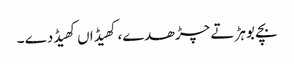
بچے بوہڑ تے چڑھدے، کھیڈاں کھیڈدے ۔